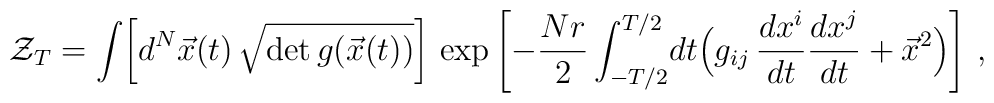
{\cal Z}_{T} = \int\! \left[ d^{N}\vec x(t)\, \sqrt{\det g (\vec x(t))}\right]\, \exp \left[ - {Nr\over 2} \int_{-T/2}^{T/2}\! dt \Bigl( g_{ij}\,{dx^{i}\over dt}{dx^{j}\over dt} + {\vec x}^{2} \Bigr)\right]\, ,